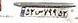
۵۲س۷۹۹۵۳